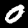
Digit: 0